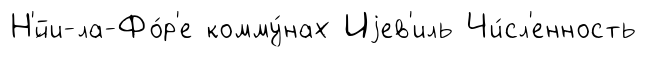
Н'́йи-ла-Фо́р'е комму́нах Иjев'иль Чи́сл'енность